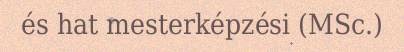
és hat mesterképzési (MSc.)